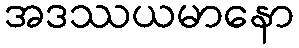
အဒဿယမာနော